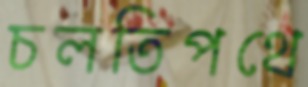
চলতিপথে